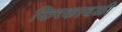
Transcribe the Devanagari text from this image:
किरकावळी